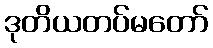
ဒုတိယတပ်မတော်